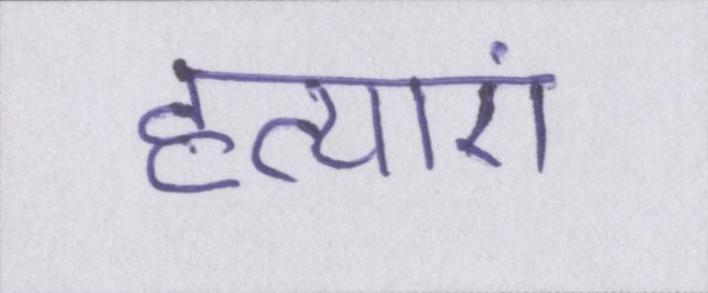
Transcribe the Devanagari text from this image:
हत्याएं